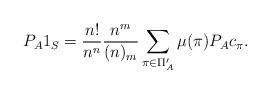
LaTeX: \begin{align*} P_A 1_S = \frac{n!}{n^n} \frac{n^m}{(n)_m} \sum_{\pi\in \Pi'_A} \mu(\pi) P_A c_\pi. \end{align*}